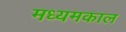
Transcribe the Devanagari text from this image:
मध्यमकाल